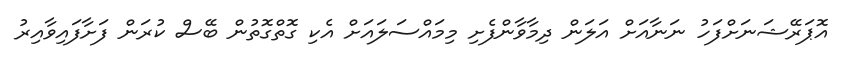
އޮޕަރޭޝަނަށްފަހު ނަނާއަށް އަލަން ދިމާވާންފެށި މިމައްސަލައަށް އެކި ގޮތްގޮތުން ބޭސް ކުރަން ފަށާފައިވާއިރު